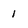
Character: 1